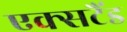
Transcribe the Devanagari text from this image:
एक्सटैंड